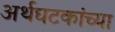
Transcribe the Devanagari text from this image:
अर्थघटकांच्या